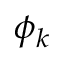
\phi _ { k }